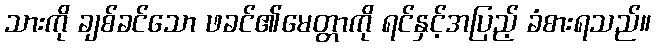
သားကို ချစ်ခင်သော ဖခင်၏မေတ္တာကို ရင်နှင့်အပြည့် ခံစားရသည်။